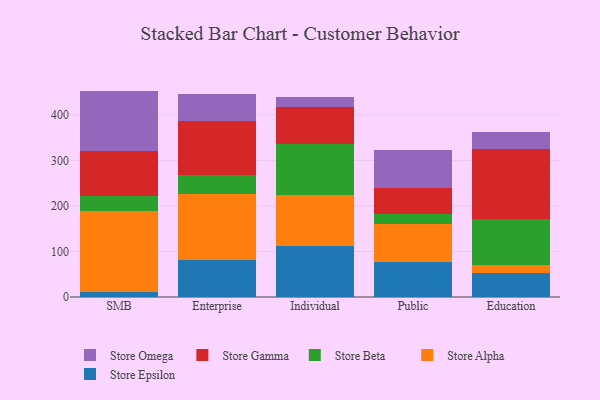
{"axis": {"x": "Segment", "y": "Churn Rate (%)"}, "legend": ["Store Alpha", "Store Beta", "Store Epsilon", "Store Gamma", "Store Omega"], "data": [{"x": "SMB", "y": 11.3, "type": "Store Epsilon"}, {"x": "SMB", "y": 177.7, "type": "Store Alpha"}, {"x": "SMB", "y": 33.5, "type": "Store Beta"}, {"x": "SMB", "y": 97.5, "type": "Store Gamma"}, {"x": "SMB", "y": 132.6, "type": "Store Omega"}, {"x": "Enterprise", "y": 80.5, "type": "Store Epsilon"}, {"x": "Enterprise", "y": 145.3, "type": "Store Alpha"}, {"x": "Enterprise", "y": 41.6, "type": "Store Beta"}, {"x": "Enterprise", "y": 119.1, "type": "Store Gamma"}, {"x": "Enterprise", "y": 58.9, "type": "Store Omega"}, {"x": "Individual", "y": 112.1, "type": "Store Epsilon"}, {"x": "Individual", "y": 111.5, "type": "Store Alpha"}, {"x": "Individual", "y": 111.5, "type": "Store Beta"}, {"x": "Individual", "y": 82.1, "type": "Store Gamma"}, {"x": "Individual", "y": 20.9, "type": "Store Omega"}, {"x": "Public", "y": 77.4, "type": "Store Epsilon"}, {"x": "Public", "y": 83.4, "type": "Store Alpha"}, {"x": "Public", "y": 20.6, "type": "Store Beta"}, {"x": "Public", "y": 58.4, "type": "Store Gamma"}, {"x": "Public", "y": 82.4, "type": "Store Omega"}, {"x": "Education", "y": 52.9, "type": "Store Epsilon"}, {"x": "Education", "y": 17.2, "type": "Store Alpha"}, {"x": "Education", "y": 101.4, "type": "Store Beta"}, {"x": "Education", "y": 153.0, "type": "Store Gamma"}, {"x": "Education", "y": 38.1, "type": "Store Omega"}]}